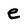
Character: e